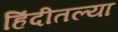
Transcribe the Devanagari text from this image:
हिंदीतल्या